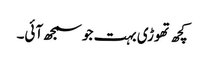
کچھ تھوڑی بہت جو سمجھ آئی۔